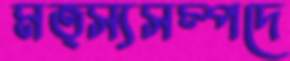
মত্স্যসম্পদে